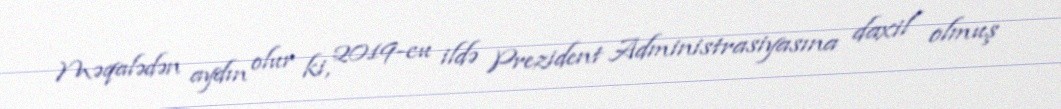
Məqalədən aydın olur ki, 2019-cu ildə Prezident Administrasiyasına daxil olmuş